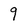
Character: 9